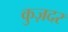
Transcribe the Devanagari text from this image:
कुज़दर